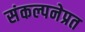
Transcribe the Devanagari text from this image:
संकल्पनेप्रत